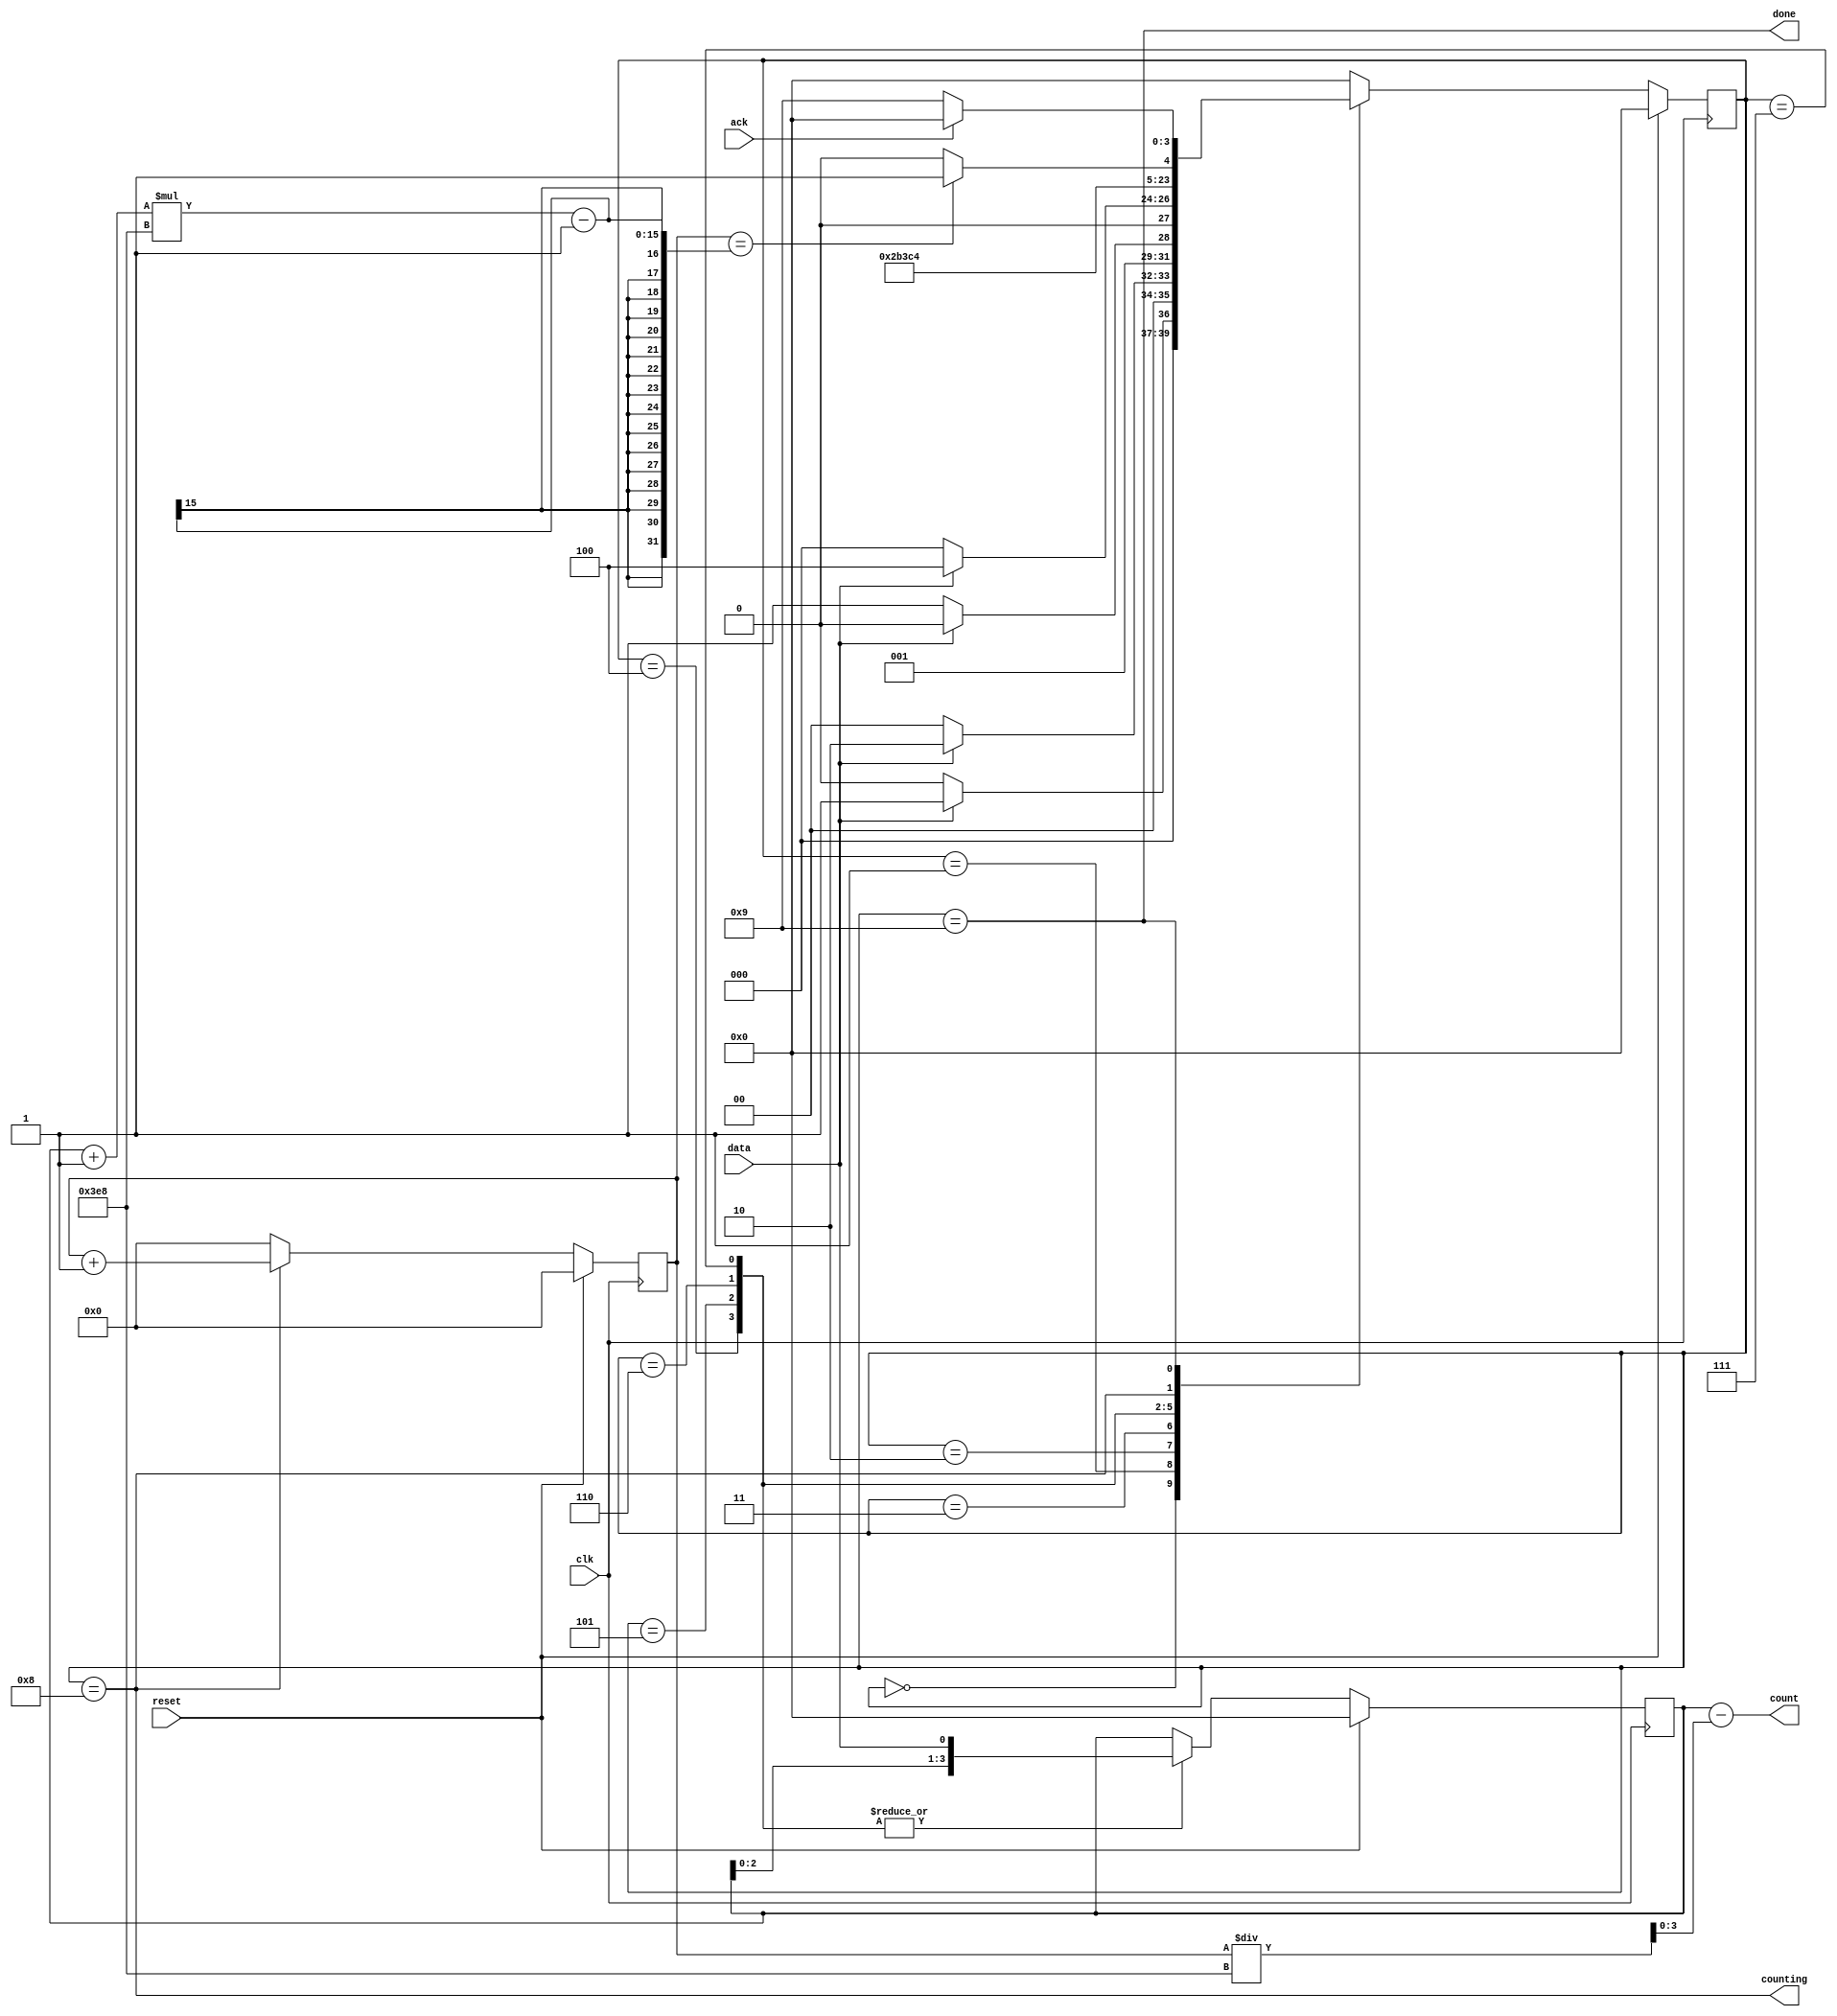
//2023_8_3 kerong
//The complete timer
module top_module (
    input clk,
    input reset,      // Synchronous reset
    input data,
    output [3:0] count,
    output counting,
    output done,
    input ack );
	
	reg [3:0] state, nstate;
	reg [3:0] delay;
	reg [13:0] cnt_delay;
	wire done_counting;

	parameter S0		= 4'd0;
	parameter S1		= 4'd1;
	parameter S2		= 4'd2;
	parameter S3		= 4'd3;
	parameter B0	 	= 4'd4;
	parameter B1 		= 4'd5;
	parameter B2 		= 4'd6;
	parameter B3 		= 4'd7;
	parameter CNT 		= 4'd8;
	parameter WAIT		= 4'd9;

	assign done_counting = (cnt_delay == (delay + 1) * 1000 - 1);
    assign count 		 = delay - cnt_delay / 1000;
    assign counting  	 = state == CNT;
    assign done 		 = state == WAIT;

	
	always@(posedge clk)begin
		if(reset)begin
			state <= S0;
		end
		else begin
			state <= nstate;
		end
	end

	always@(*)begin
		case(state)
			S0:			nstate = data ? S1 : S0;
			S1: 		nstate = data ? S2 : S0;
			S2: 		nstate = data ? S2 : S3;
			S3: 		nstate = data ? B0 : S0;
			B0: 		nstate = B1;
			B1: 		nstate = B2;
			B2: 		nstate = B3;
			B3: 		nstate = CNT;
			CNT:		nstate = done_counting ? WAIT : CNT;
			WAIT:		nstate = ack ? S0 : WAIT;
			default:	nstate = S0;
		endcase
	end

	always@(posedge clk)begin
		if(reset)begin
			delay <= 4'd0;
		end
		else begin
			case(state)
				B0:		delay <= {delay[2:0], data};
				B1:		delay <= {delay[2:0], data};
				B2:		delay <= {delay[2:0], data};
				B3:		delay <= {delay[2:0], data};
			endcase
		end
	end

	always@(posedge clk)begin
		if(reset)begin
			cnt_delay <= 14'd0;
		end
		else begin
			case(state)
				CNT: 		cnt_delay <= cnt_delay + 14'd1;
				default:	cnt_delay <= 14'd0;
			endcase
		end
	end


endmodule